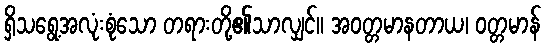
ရှိသရွေ့အလုံးစုံသော တရားတို့၏သာလျှင်။ အဝတ္တမာနတာယ၊ ဝတ္တမာန်